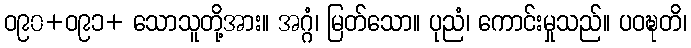
ဝ၉၀+ဝ၉၁+ သောသူတို့အား။ အဂ္ဂံ၊ မြတ်သော။ ပုညံ၊ ကောင်းမှုသည်။ ပဝဍ္ဎတိ၊